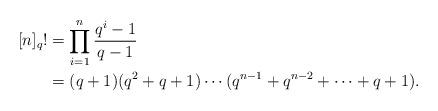
LaTeX: \begin{align*} [n]_q! &= \prod_{i=1}^{n}\dfrac{q^i-1}{q-1}\\ &=(q+1)(q^2+q+1)\cdots(q^{n-1}+q^{n-2}+\cdots+q+1). \end{align*}